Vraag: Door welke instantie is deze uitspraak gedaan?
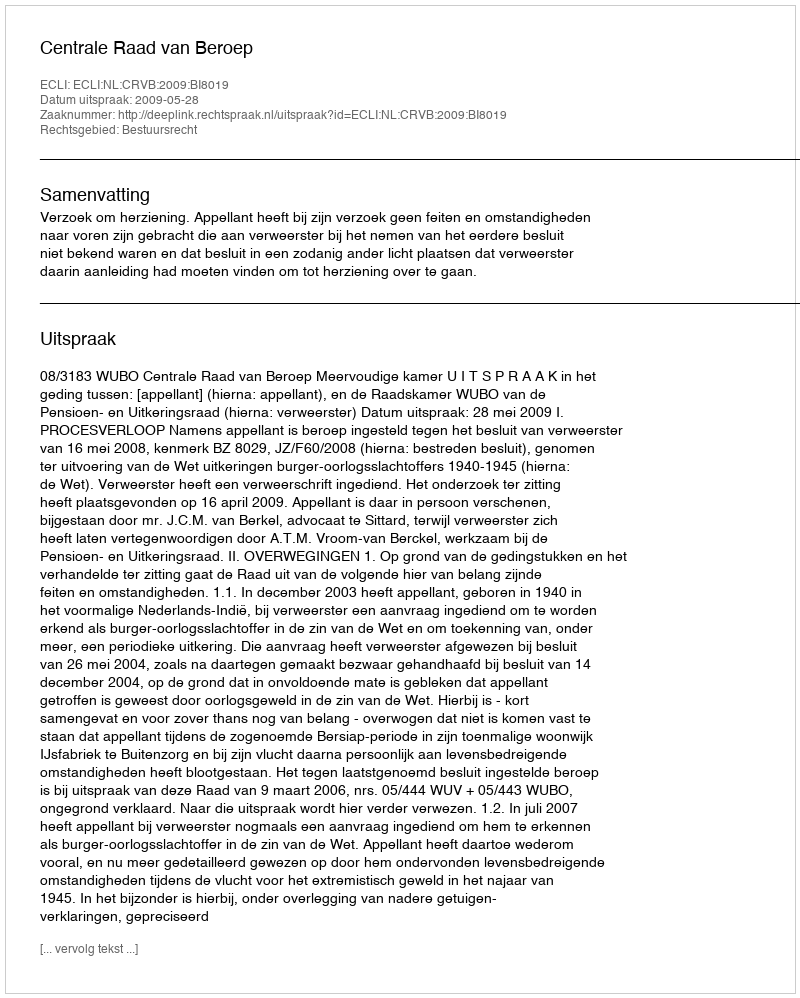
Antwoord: Centrale Raad van Beroep